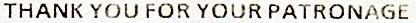
THANK YOU FOR YOUR PATRONAGE